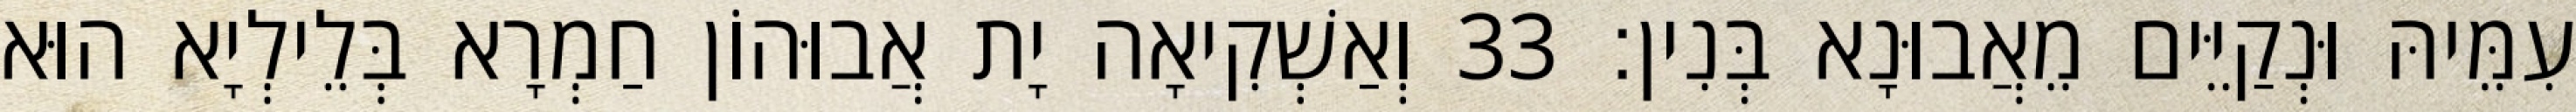
עִמֵּיהּ וּנְקַיֵּים מֵאֲבוּנָא בְּנִין׃ 33 וְאַשְׁקִיאָה יָת אֲבוּהוֹן חַמְרָא בְּלֵילְיָא הוּא